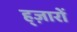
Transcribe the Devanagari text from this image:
ह्ज़ारों